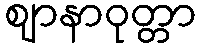
ဈာနာဝုတ္တာ